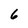
Character: 6